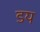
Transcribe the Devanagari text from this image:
डय